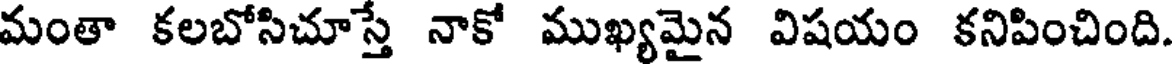
మంతా కలబోసిచూస్తే నాకో ముఖ్యమైన విషయం కనిపించింది.